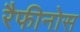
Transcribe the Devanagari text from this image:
रैफीनोस